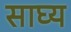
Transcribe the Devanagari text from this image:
साघ्य